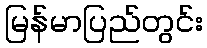
မြန်မာပြည်တွင်း